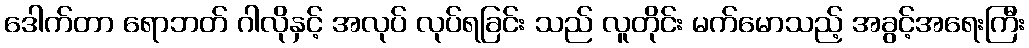
ဒေါက်တာ ရောဘတ် ဂါလိုနှင့် အလုပ် လုပ်ရခြင်း သည် လူတိုင်း မက်မောသည့် အခွင့်အရေးကြီး